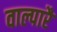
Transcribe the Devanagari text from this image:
वाल्पारै